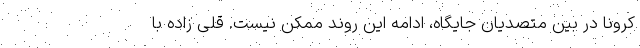
کرونا در بین متصدیان جایگاه، ادامه این روند ممکن نیست. قلی زاده با